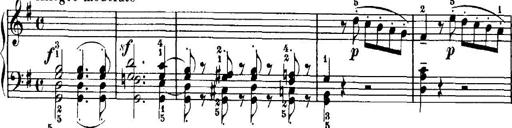
Title: 7 Sonatinas
Composer: Anton Diabelli